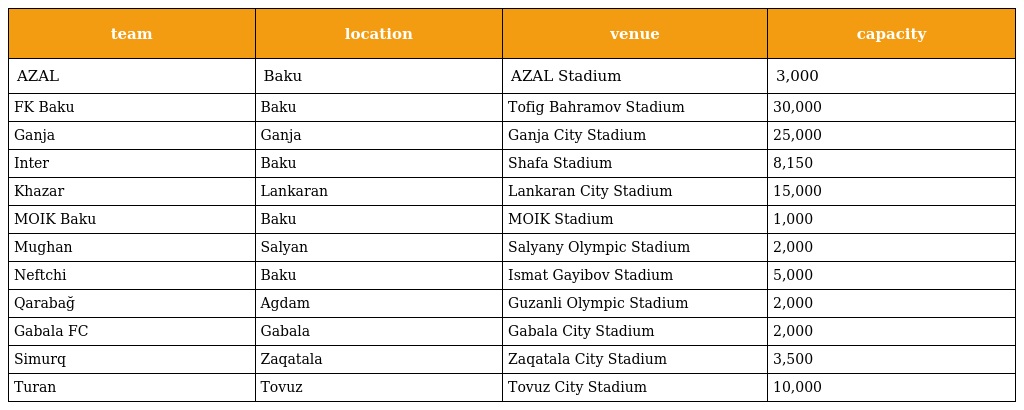
| team | location | venue | capacity |
 | --- | --- | --- | --- |
 | AZAL | Baku | AZAL Stadium | 3,000 |
 | FK Baku | Baku | Tofig Bahramov Stadium | 30,000 |
 | Ganja | Ganja | Ganja City Stadium | 25,000 |
 | Inter | Baku | Shafa Stadium | 8,150 |
 | Khazar | Lankaran | Lankaran City Stadium | 15,000 |
 | MOIK Baku | Baku | MOIK Stadium | 1,000 |
 | Mughan | Salyan | Salyany Olympic Stadium | 2,000 |
 | Neftchi | Baku | Ismat Gayibov Stadium | 5,000 |
 | Qarabağ | Agdam | Guzanli Olympic Stadium | 2,000 |
 | Gabala FC | Gabala | Gabala City Stadium | 2,000 |
 | Simurq | Zaqatala | Zaqatala City Stadium | 3,500 |
 | Turan | Tovuz | Tovuz City Stadium | 10,000 |